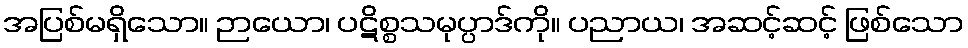
အပြစ်မရှိသော။ ဉာယော၊ ပဋိစ္စသမုပ္ပာဒ်ကို။ ပညာယ၊ အဆင့်ဆင့် ဖြစ်သော